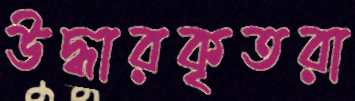
উদ্ধারকৃতরা